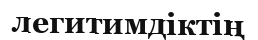
легитимдіктің